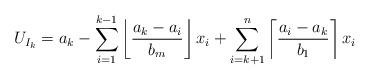
LaTeX: \begin{align*} U_{I_k}=a_k -\sum_{i=1}^{k-1}\left\lfloor\frac{a_k-a_i}{b_m}\right\rfloor x_i+\sum_{i=k+1}^{n}\left\lceil \frac{a_i-a_k}{b_1}\right\rceil x_i\end{align*}